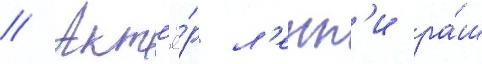
// Акт'ё́р л'енн'и ра́ш